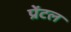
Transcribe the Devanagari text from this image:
प्रेंटल